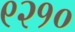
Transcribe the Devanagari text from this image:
९२१०